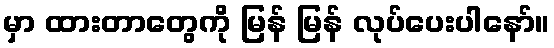
မှာ ထားတာတွေကို မြန် မြန် လုပ်ပေးပါနော်။